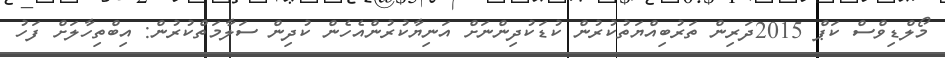
މޯލްޑިވްސް ކަޕް 2015ދަރިން ތަރުބިއްޔަތުކުރުން ކުޑަކުދިންނަށް އަނިޔާކުރުންއެހެން ކުދިން ސަލާމަތްކުރުން: އިބްތިހާލަށް ފަހު